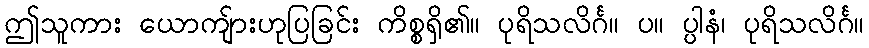
ဤသူကား ယောကျ်ားဟုပြခြင်း ကိစ္စရှိ၏။ ပုရိသလိင်္ဂ။ ပ။ ပ္ပါနံ၊ ပုရိသလိင်္ဂ။